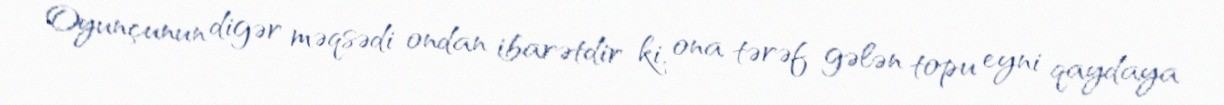
Oyunçunun digər məqsədi ondan ibarətdir ki, ona tərəf gələn topu eyni qaydaya